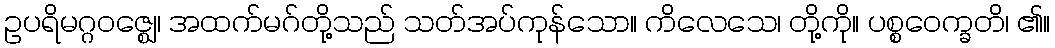
ဥပရိမဂ္ဂဝဇ္ဈေ၊ အထက်မဂ်တို့သည် သတ်အပ်ကုန်သော။ ကိလေသေ၊ တို့ကို။ ပစ္စဝေက္ခတိ၊ ၏။